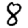
Digit: 8